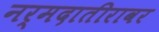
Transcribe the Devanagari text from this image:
नर्मदातीरावर